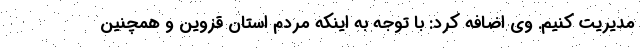
مدیریت کنیم. وی اضافه کرد: با توجه به اینکه مردم استان قزوین و همچنین